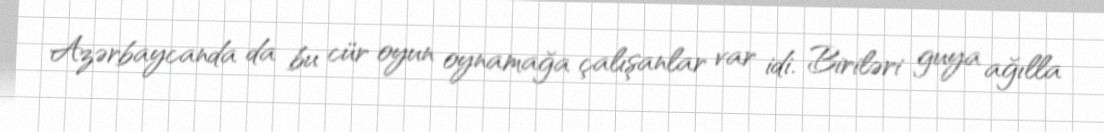
Azərbaycanda da bu cür oyun oynamağa çalışanlar var idi. Biriləri guya ağılla